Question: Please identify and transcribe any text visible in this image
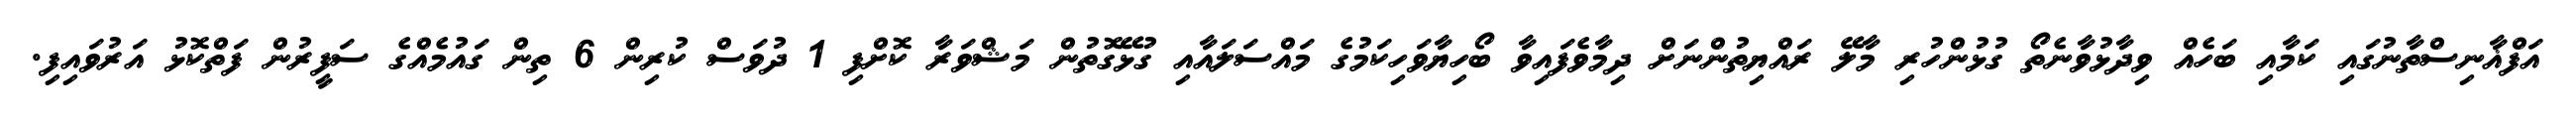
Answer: އަފްޣާނިސްތާނުގައި ކަމާއި ބަހެއް ވިދާޅުވާނެތޯ ގުޅުންހުރި މާލޭ ރައްޔިތުންނަށް ދިމާވެފައިވާ ބޯހިޔާވަހިކަމުގެ މައްސަލައާއި ގުޅޭގޮތުން މަޝްވަރާ ކޮށްފި 1 ދުވަސް ކުރިން 6 ތިން ގައުމެއްގެ ސަފީރުން ފަތްކޮޅު އަރުވައިފި.